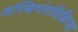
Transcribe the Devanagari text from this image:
अस्थिभंगचिकित्सा